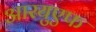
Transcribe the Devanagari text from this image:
आरयुएफ